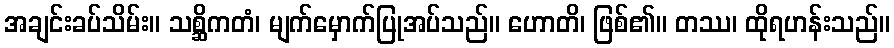
အချင်းခပ်သိမ်း။ သစ္ဆိကတံ၊ မျက်မှောက်ပြုအပ်သည်။ ဟောတိ၊ ဖြစ်၏။ တဿ၊ ထိုရဟန်းသည်။